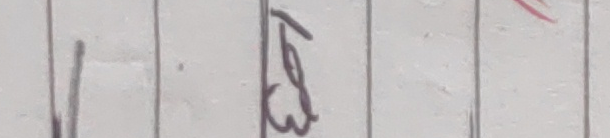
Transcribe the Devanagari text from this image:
६